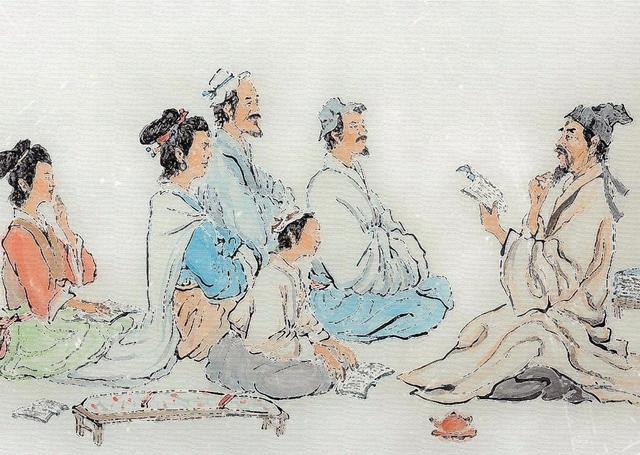
君子之泽，五世而斩。